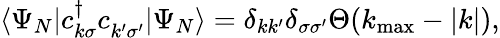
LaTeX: \langle\Psi_{N}|c_{k\sigma}^{\dagger}c_{k^{\prime}\sigma^{\prime}}^{\phantom{\dagger}}|\Psi_{N}\rangle=\delta_{kk^{\prime}}\delta_{\sigma\sigma^{\prime}}\Theta(k_{\mathrm{max}}-|k|),